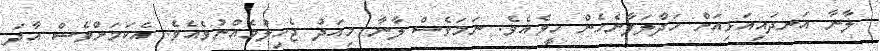
ލާނާ އަނދައިއަޅިއަށް ހަދާލަފާނެހެން ހީވެއެވެ. ނަމަވެސް ލާނާ މިއަދު ޖެހިލުމެއްނުވެއެވެ. އެކަމަށްވެސް އާދަ